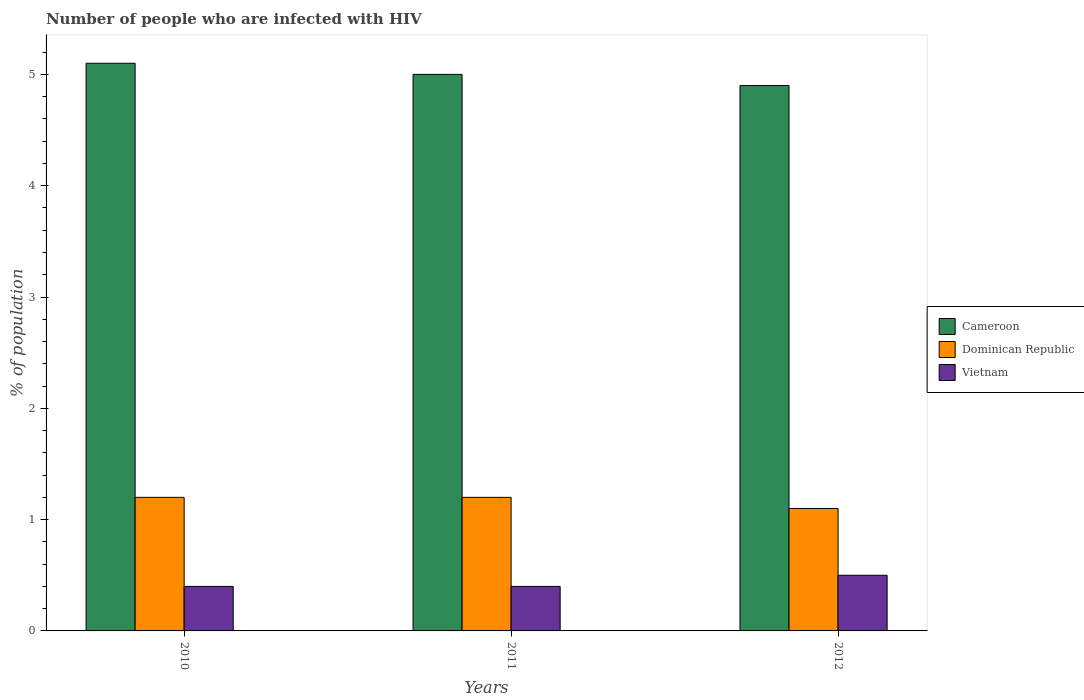
| Years | Cameroon | Dominican Republic | Vietnam |
 | --- | --- | --- | --- |
 | 2010 | 5.1 | 1.2 | 0.4 |
 | 2011 | 5 | 1.2 | 0.4 |
 | 2012 | 4.9 | 1.1 | 0.5 |